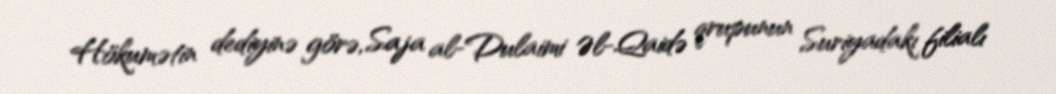
Hökumətin dediyinə görə, Saja al-Dulaimi Əl-Qaidə qrupunun Suriyadakı filialı